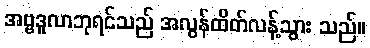
အဗ္ဗဒူလာဘုရင်သည် အလွန်ထိတ်လန့်သွား သည်။